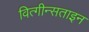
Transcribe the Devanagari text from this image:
वित्गीन्सताइन